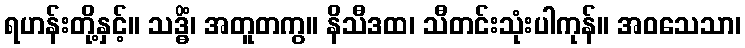
ရဟန်းတို့နှင့်။ သဒ္ဓိံ၊ အတူတကွ။ နိသီဒထ၊ သီတင်းသုံးပါကုန်။ အဝသေသာ၊